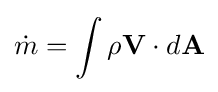
{\dot {m}}=\int \rho \mathbf {V} \cdot d\mathbf {A}